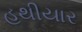
હથીયાર